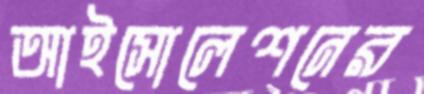
আইসোলেশনের